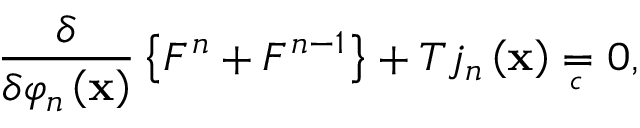
\frac \delta { \delta \varphi _ { n } \left( \mathbf { x } \right) } \left\{ F ^ { n } + F ^ { n - 1 } \right\} + T j _ { n } \left( \mathbf { x } \right) = { } _ { { } _ { \! \! \! \! \! \! \! c } } \; \, 0 ,